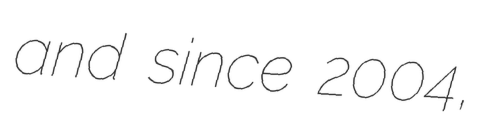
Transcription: and since 2004,